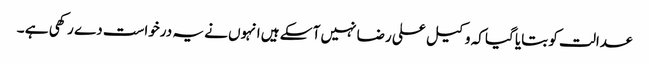
عدالت کو بتایا گیا کہ وکیل علی رضا نہیں آ سکے ہیں انہوں نے یہ درخواست دے رکھی ہے ۔